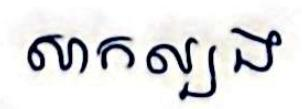
សាកល្បង